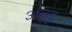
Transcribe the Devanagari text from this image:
अतूवु